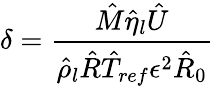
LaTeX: \delta=\frac{\hat{M}\hat{\eta}_{l}\hat{U}}{\hat{\rho}_{l}\hat{R}\hat{T}_{ref}\epsilon^{2}\hat{R}_{0}}